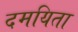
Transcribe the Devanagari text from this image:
दमयिता